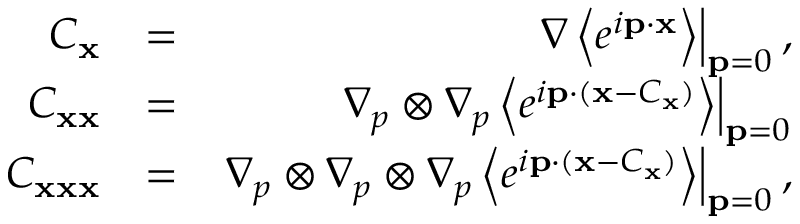
\begin{array} { r l r } { C _ { \bf x } } & { = } & { \left. \nabla \left\langle e ^ { i { \bf p } \cdot { \bf x } } \right\rangle \right\rvert _ { { \bf p } = { \boldsymbol 0 } } , } \\ { C _ { { \bf x } { \bf x } } } & { = } & { \left. \nabla _ { p } \otimes \nabla _ { p } \left\langle e ^ { i { \bf p } \cdot ( { \bf x } - C _ { \bf x } ) } \right\rangle \right\rvert _ { { \bf p } = { \boldsymbol 0 } } } \\ { C _ { { \bf x } { \bf x } { \bf x } } } & { = } & { \left. \nabla _ { p } \otimes \nabla _ { p } \otimes \nabla _ { p } \left\langle e ^ { i { \bf p } \cdot ( { \bf x } - C _ { \bf x } ) } \right\rangle \right\rvert _ { { \bf p } = { \boldsymbol 0 } } , } \end{array}